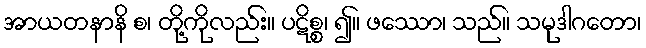
အာယတနာနိ စ၊ တို့ကိုလည်း။ ပဋိစ္စ၊ ၍။ ဖဿော၊ သည်။ သမုဒါဂတော၊